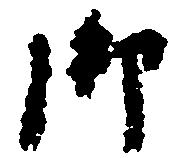
御